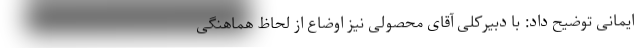
ایمانی توضیح داد: با دبیرکلی آقای محصولی نیز اوضاع از لحاظ هماهنگی